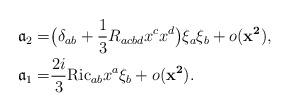
LaTeX: \begin{align*}\begin{aligned}{\mathfrak a}_{2} =& \bigl( \delta _{ab} + \frac{1}{3} R_{acbd} x^{c} x^{d}\bigr) \xi _{a} \xi _{b} + o({\mathbf{x^{2}}}),\\{\mathfrak a}_{1} = & \frac{2i}{3} \mathrm{Ric}_{ab} x^{a} \xi _{b} + o({\mathbf{x^{2}}}).\end{aligned}\end{align*}